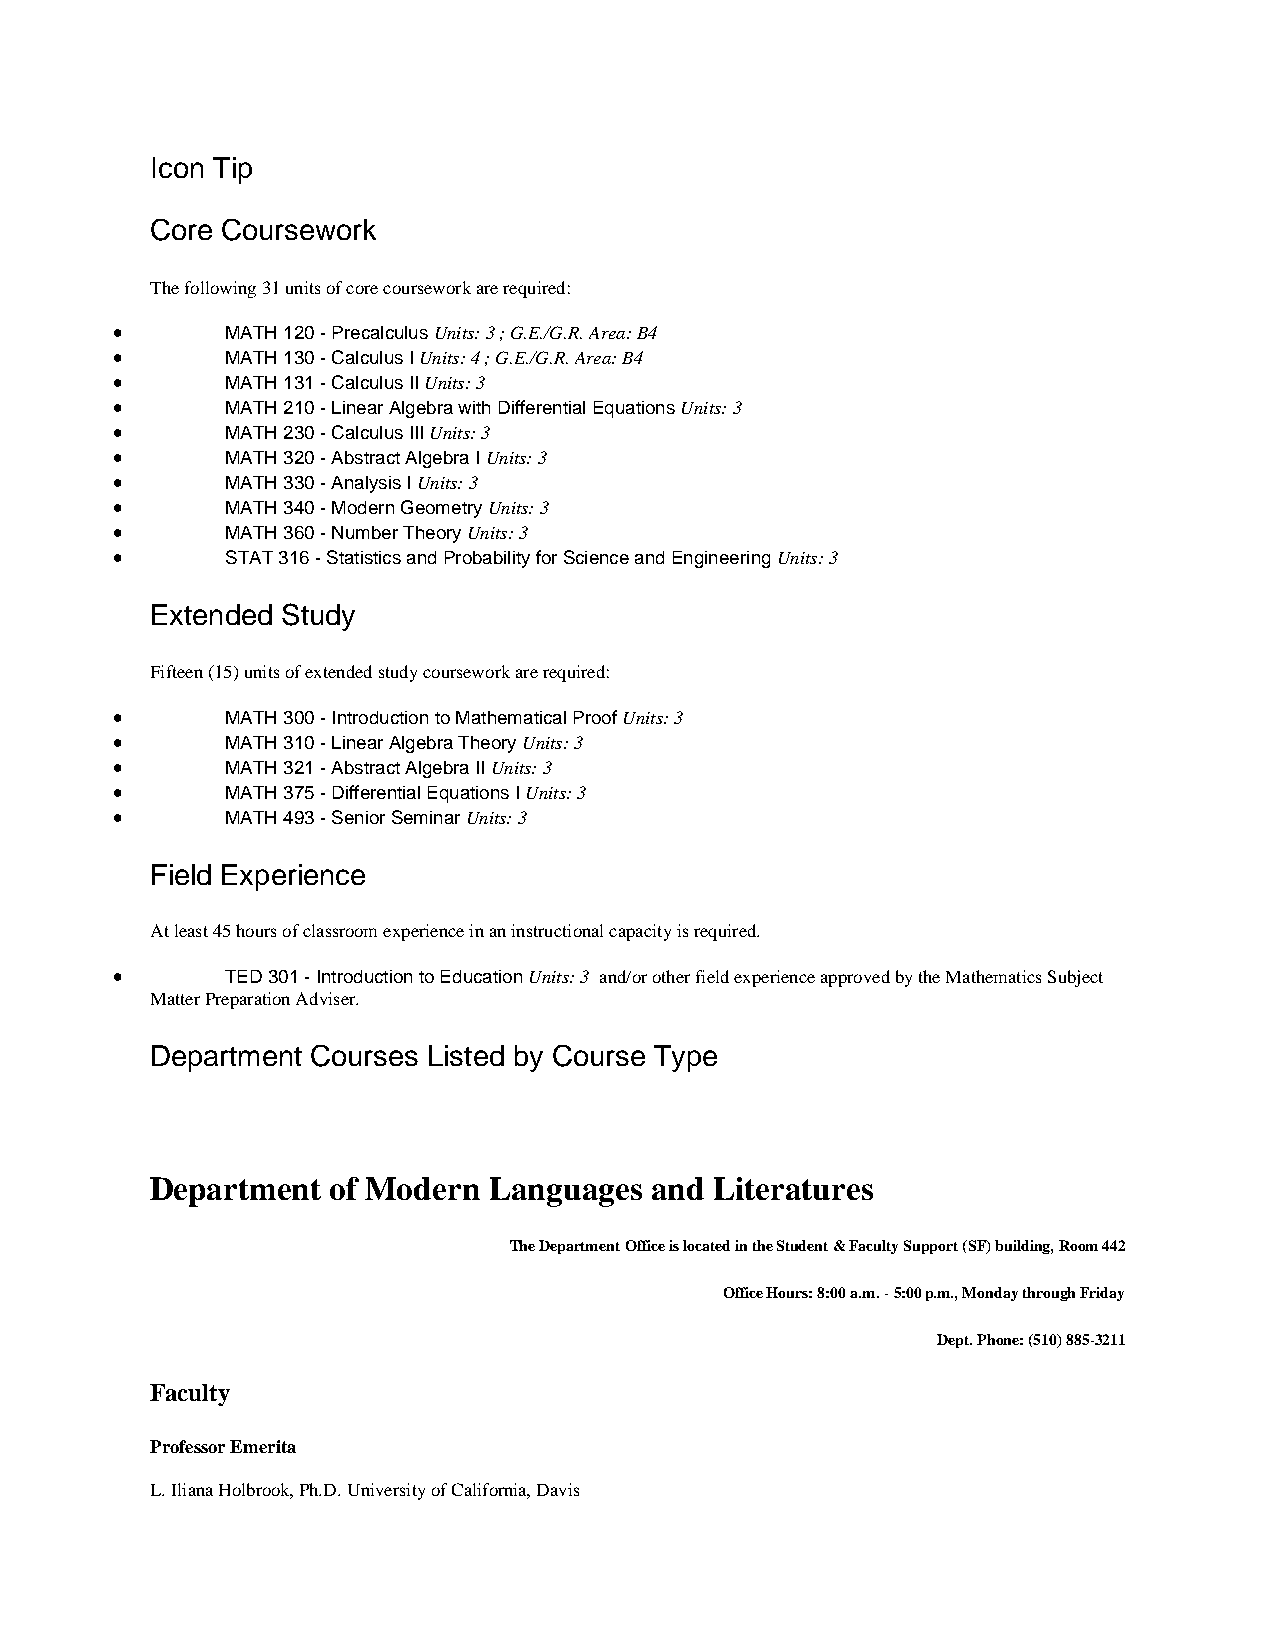
Icon Tip
 Core Coursework
 The following 31 units of core coursework are required:
 •       MATH 120 - Precalculus Units: 3 ; G.E./G.R. Area: B4
 •       MATH 130 - Calculus I Units: 4 ; G.E./G.R. Area: B4
 •       MATH 131 - Calculus II Units: 3
 •       MATH 210 - Linear Algebra with Differential Equations Units: 3
 •       MATH 230 - Calculus III Units: 3
 •       MATH 320 - Abstract Algebra I Units: 3
 •       MATH 330 - Analysis I Units: 3
 •       MATH 340 - Modern Geometry Units: 3
 •       MATH 360 - Number Theory Units: 3
 •       STAT 316 - Statistics and Probability for Science and Engineering Units: 3
 Extended Study
 Fifteen (15) units of extended study coursework are required:
 •       MATH 300 - Introduction to Mathematical Proof Units: 3
 •       MATH 310 - Linear Algebra Theory Units: 3
 •       MATH 321 - Abstract Algebra II Units: 3
 •       MATH 375 - Differential Equations I Units: 3
 •       MATH 493 - Senior Seminar Units: 3
 Field Experience
 At least 45 hours of classroom experience in an instructional capacity is required.
 •       TED 301 - Introduction to Education Units: 3 and/or other field experience approved by the Mathematics Subject
 Matter Preparation Adviser.
 Department Courses Listed by Course Type
 Department  of Modern Languages  and Literatures
 The Department Office is located in the Student & Faculty Support (SF) building, Room 442
 Office Hours: 8:00 a.m. - 5:00 p.m., Monday through Friday
 Dept. Phone: (510) 885-3211
 Faculty
 Professor Emerita
 L. Iliana Holbrook, Ph.D. University of California, Davis